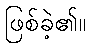
ဖြစ်ခဲ့၏။